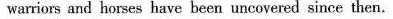
wariers and horses have been uncovered since then.